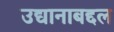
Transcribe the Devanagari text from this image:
उद्यानाबद्दल